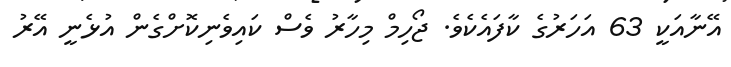
އޭނާއަކީ 63 އަހަރުގެ ކާފައެކެވެ. ޖޯހިމް މިހާރު ވެސް ކައިވެނިކޮށްގެން އުޅެނީ އޭރު